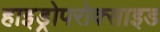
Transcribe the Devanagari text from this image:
हाइड्रोपरोक्साइड